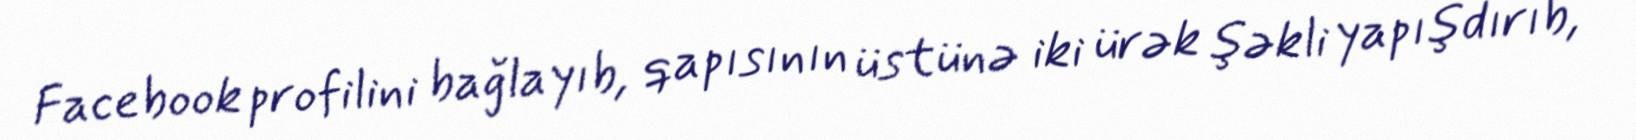
Facebook profilini bağlayıb, qapısının üstünə iki ürək şəkli yapışdırıb,